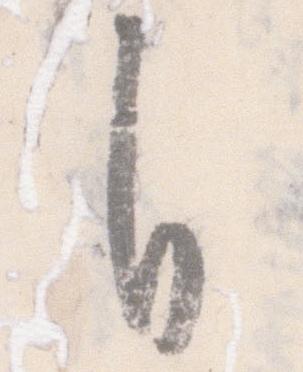
自